Report on vaccination in Madras 1922-1929 - 1922-1929
Year: 1922
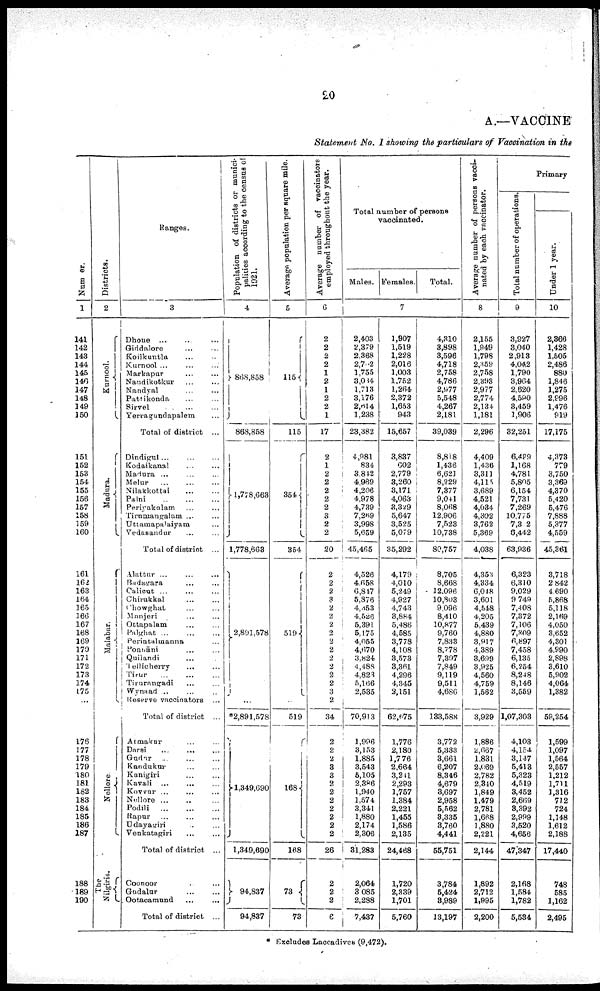
20
A.—VACCINE
Statement No. I showing the particulars of Vaccination in the
Number.
1
141
142
143
144
145
146
147
148
149
150
151
152
153
154
155
156
157
158
159
160
161
162
163
164
165
166
167
168
169
170
171
172
173
174
175
...
176
177
178
179
180
181
182
183
184
185
186
187
188
189
190
Districts.
2
Kurnool.
Madura.
Malabar.
Nellore
The
Nilgiris.
Ranges.
3
Dhone ... ... ...
Giddalore ... ...
Koilkuntla ... ...
Kurnool ... ... ...
Markapur ... ... ...
Nandikotkur ... ...
Nandyal ... ...
Pattikonda ... ...
Sirvel ... ... ...
Yervagundapalem ...
Total of district ...
Dindigul
...
...
...
Kodaikanal ... ...
Madura ... ...
Melur ... ... ...
Nilakkottai ... ...
Palni
...
...
...
Periyakulam ... ...
Tirumangalam ... ...
Uttamapalaiyam ...
Vedasandur ... ...
Total of district ...
Alattur ... ... ...
Badagara ... ...
Calicut ... ...
Chirakkal
...
...
Chowghat ... ...
Manjeri ... ...
Ottapalam ... ...
Palghat ... ... ...
Perintalmanna ...
Ponnāni ... ...
Quilandi ... ...
Tellicherry ... ...
Tirur ... ... ...
Tirurangadi ... ...
Wynaad ... ... ...
Reserve vaccinators ...
Total of district ...
Atmakur ... ...
Darsi
...
...
...
Gudur ... ... ...
Kandukur ... ...
Kanigiri ... ... ...
Kavali ... ... ...
Kovvur ... ... ...
Nellore ... ... ...
Podili
...
...
...
Rapur ... ... ...
Udayagiri ... ...
Venkatagiri ... ...
Total of district ...
Coonoor ... ...
Godalur
...
...
Ootacamund ... ...
Total of district ...
Population of districts or munici
palities according to the census of
1921.
4
868,858
868,858
1,778,663
1,778,663
2,891,578
*2,891,578
1,349,690
1,349,690
94,837
94,837
Average population per square mile.
5
115
115
354
354
519
519
168
168
73
73
Average number of vaccinators
employed throughout the year.
6
2
2
2
2
1
2
1
2
2
1
17
2
1
2
2
2
2
2
3
2
2
20
2
2
2
3
2
2
2
2
2
2
2
2
2
2
3
2
34
2
2
2
3
3
2
2
2
2
2
2
2
26
2
2
2
6
Total number of persons
vaccinated.
Males. Females.
Total.
7
2,403
2,379
2,368
2,702
1,755
3,004
1,713
3,176
2,614
1,238
23,382
4,981
834
3,842
4,969
4,206
4,978
4,739
7,269
3,998
5,659
45,465
4,526
4,658
6,817
5,876
4,353
4,526
5,391
5,175
4,055
4,670
3,824
4,488
4,828
5,166
2,535
70,913
1,996
3,153
1,885
3,543
5,105
2,386
1,940
1,574
3,341
1,880
2,174
2,306
31,283
2,064
3,085
2,288
7,437
1,907
1,519
1,228
2,016
1,003
1,752
1,264
2,372
1,653
943
15,657
3,837
602
2,779
3,260
3,171
4,063
3,329
5,647
3,525
5,079
35,292
4,179
4,010
5,249
4,927
4,743
3,884
5,486
4,585
3,778
4,108
3,573
3,361
4,296
4,345
2,151
62,675
1,776
2,180
1,776
2,664
3,211
2,293
1,757
1,384
2,221
1,455
1,586
2,135
24,468
1,720
2,339
1,701
5,760
4,310
3,898
3,596
4,718
2,758
4,786
2,977
5,548
4,267
2,181
39,039
8,818
1,436
6,621
8,229
7,377
9,041
8,068
12,906
7,523
10,738
80,757
8,705
8,668
12,096
10,803
9,096
8,410
10,877
9,760
7,833
8,778
7,397
7,849
9,119
9,511
4,686
133,588
3,772
5,333
3,661
6,207
8,346
4,679
3,697
2,958
5,562
3,335
3,760
4,441
55,751
3,784
5,424
3,989
13,197
Average number of persons vacci
nated by each vaccinator.
8
2,155
1,949
1,798
2,359
2,758
2,393
2,977
2,774
2,134
1,181
2,296
4,409
1,436
3,311
4,115
3,689
4,521
4,034
4,302
3,762
5,369
4,038
4,353
4,334
6,048
3,601
4,548
4,205
5,439
4,880
3,917
4,389
3,699
3,925
4,560
4,759
1,562
3,929
1,886
2,667
1,831
2,069
2,782
2,310
1,849
1,479
2,781
1,668
1,880
2,221
2,144
1,892
2,712
1,995
2,200
Primary
Total number of operations.
9
3,927
3,040
2,913
4,042
1,790
3,964
2,620
4,590
3,459
1,906
32,251
6,409
1,168
4,781
5,805
6,154
7,731
7,269
10,775
7,302
6,442
63,936
6,323
6,310
9,029
9,749
7,408
7,372
7,106
7,309
6,897
7,458
6,135
6,254
8,248
8,146
3,559
1,07,303
4,103
4,154
3,147
5,413
5,323
4,519
3,452
2,669
3,392
2,999
3,520
4,656
47,347
2,168
1,584
1,782
5,534
Under 1 year.
10
2,366
1,428
1,505
2,486
880
1,846
1,275
2,996
1,476
919
17,175
4,373
779
3,750
3,369
4,370
5,420
5,476
7,888
5,377
4,559
45,361
3,718
2,842
4,690
5,868
5,118
2,169
4,050
3,652
4,301
4,990
2,898
3,610
5,902
4,064
1,382
59,254
1,599
1,097
1,564
2,557
1,212
1,711
1,316
712
724
1,148
1,612
2,188
17,440
748
585
1,162
2,495
* Excludes Laccadives (9,472).